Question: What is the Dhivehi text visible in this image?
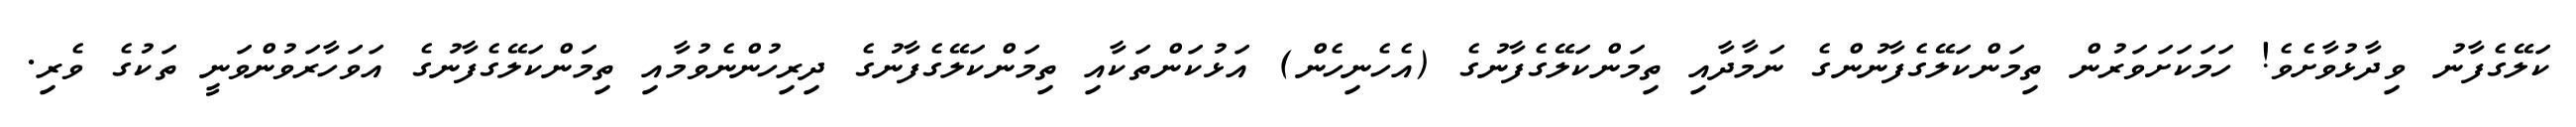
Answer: ކަލޭގެފާނު ވިދާޅުވާށެވެ! ހަމަކަށަވަރުން ތިމަންކަލޭގެފާނުންގެ ނަމާދާއި ތިމަންކަލޭގެފާނުގެ (އެހެނިހެން) އަޅުކަންތަކާއި ތިމަންކަލޭގެފާނުގެ ދިރިހުންނެވުމާއި ތިމަންކަލޭގެފާނުގެ އަވަހާރަވުންވަނީ ތަކުގެ ވެރި.